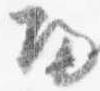
帰